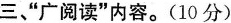
三”广阅读”内容。(10分)